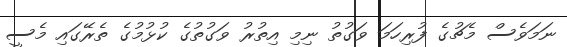
ނަމަވެސް މެޗުގެ ފުރިހަމަ ވަގުތު ނިމި އިތުރު ވަގުތުގެ ކުޅުމުގެ ތެރޭގައި މެސީ